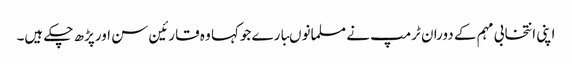
اپنی انتخابی مہم کے دوران ٹرمپ نے مسلمانوںبارے جوکہا وہ قارئین سن اورپڑھ چکے ہیں۔